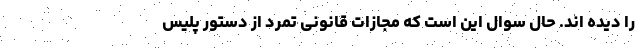
را دیده اند. حال سوال این است که مجازات قانونی تمرد از دستور پلیس